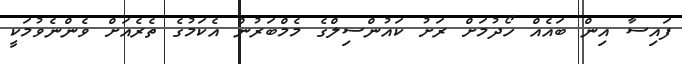
ފައިސާ އިން ބައެއް ހޯދުމަށް ރަށު ކައުންސިލްގެ މެމްބަރުން އެކަމުގެ ތެރެއަށް ވެންނެވުމަކީ